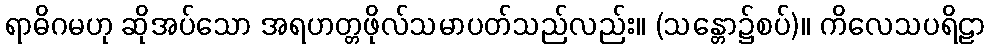
ရာဓိဂမဟု ဆိုအပ်သော အရဟတ္တဖိုလ်သမာပတ်သည်လည်း။ (သန္တော၌စပ်)။ ကိလေသပရိဠာ